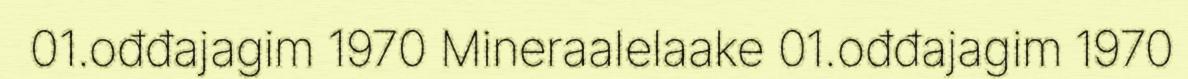
01.ođđajagim 1970 Mineraalelaake 01.ođđajagim 1970